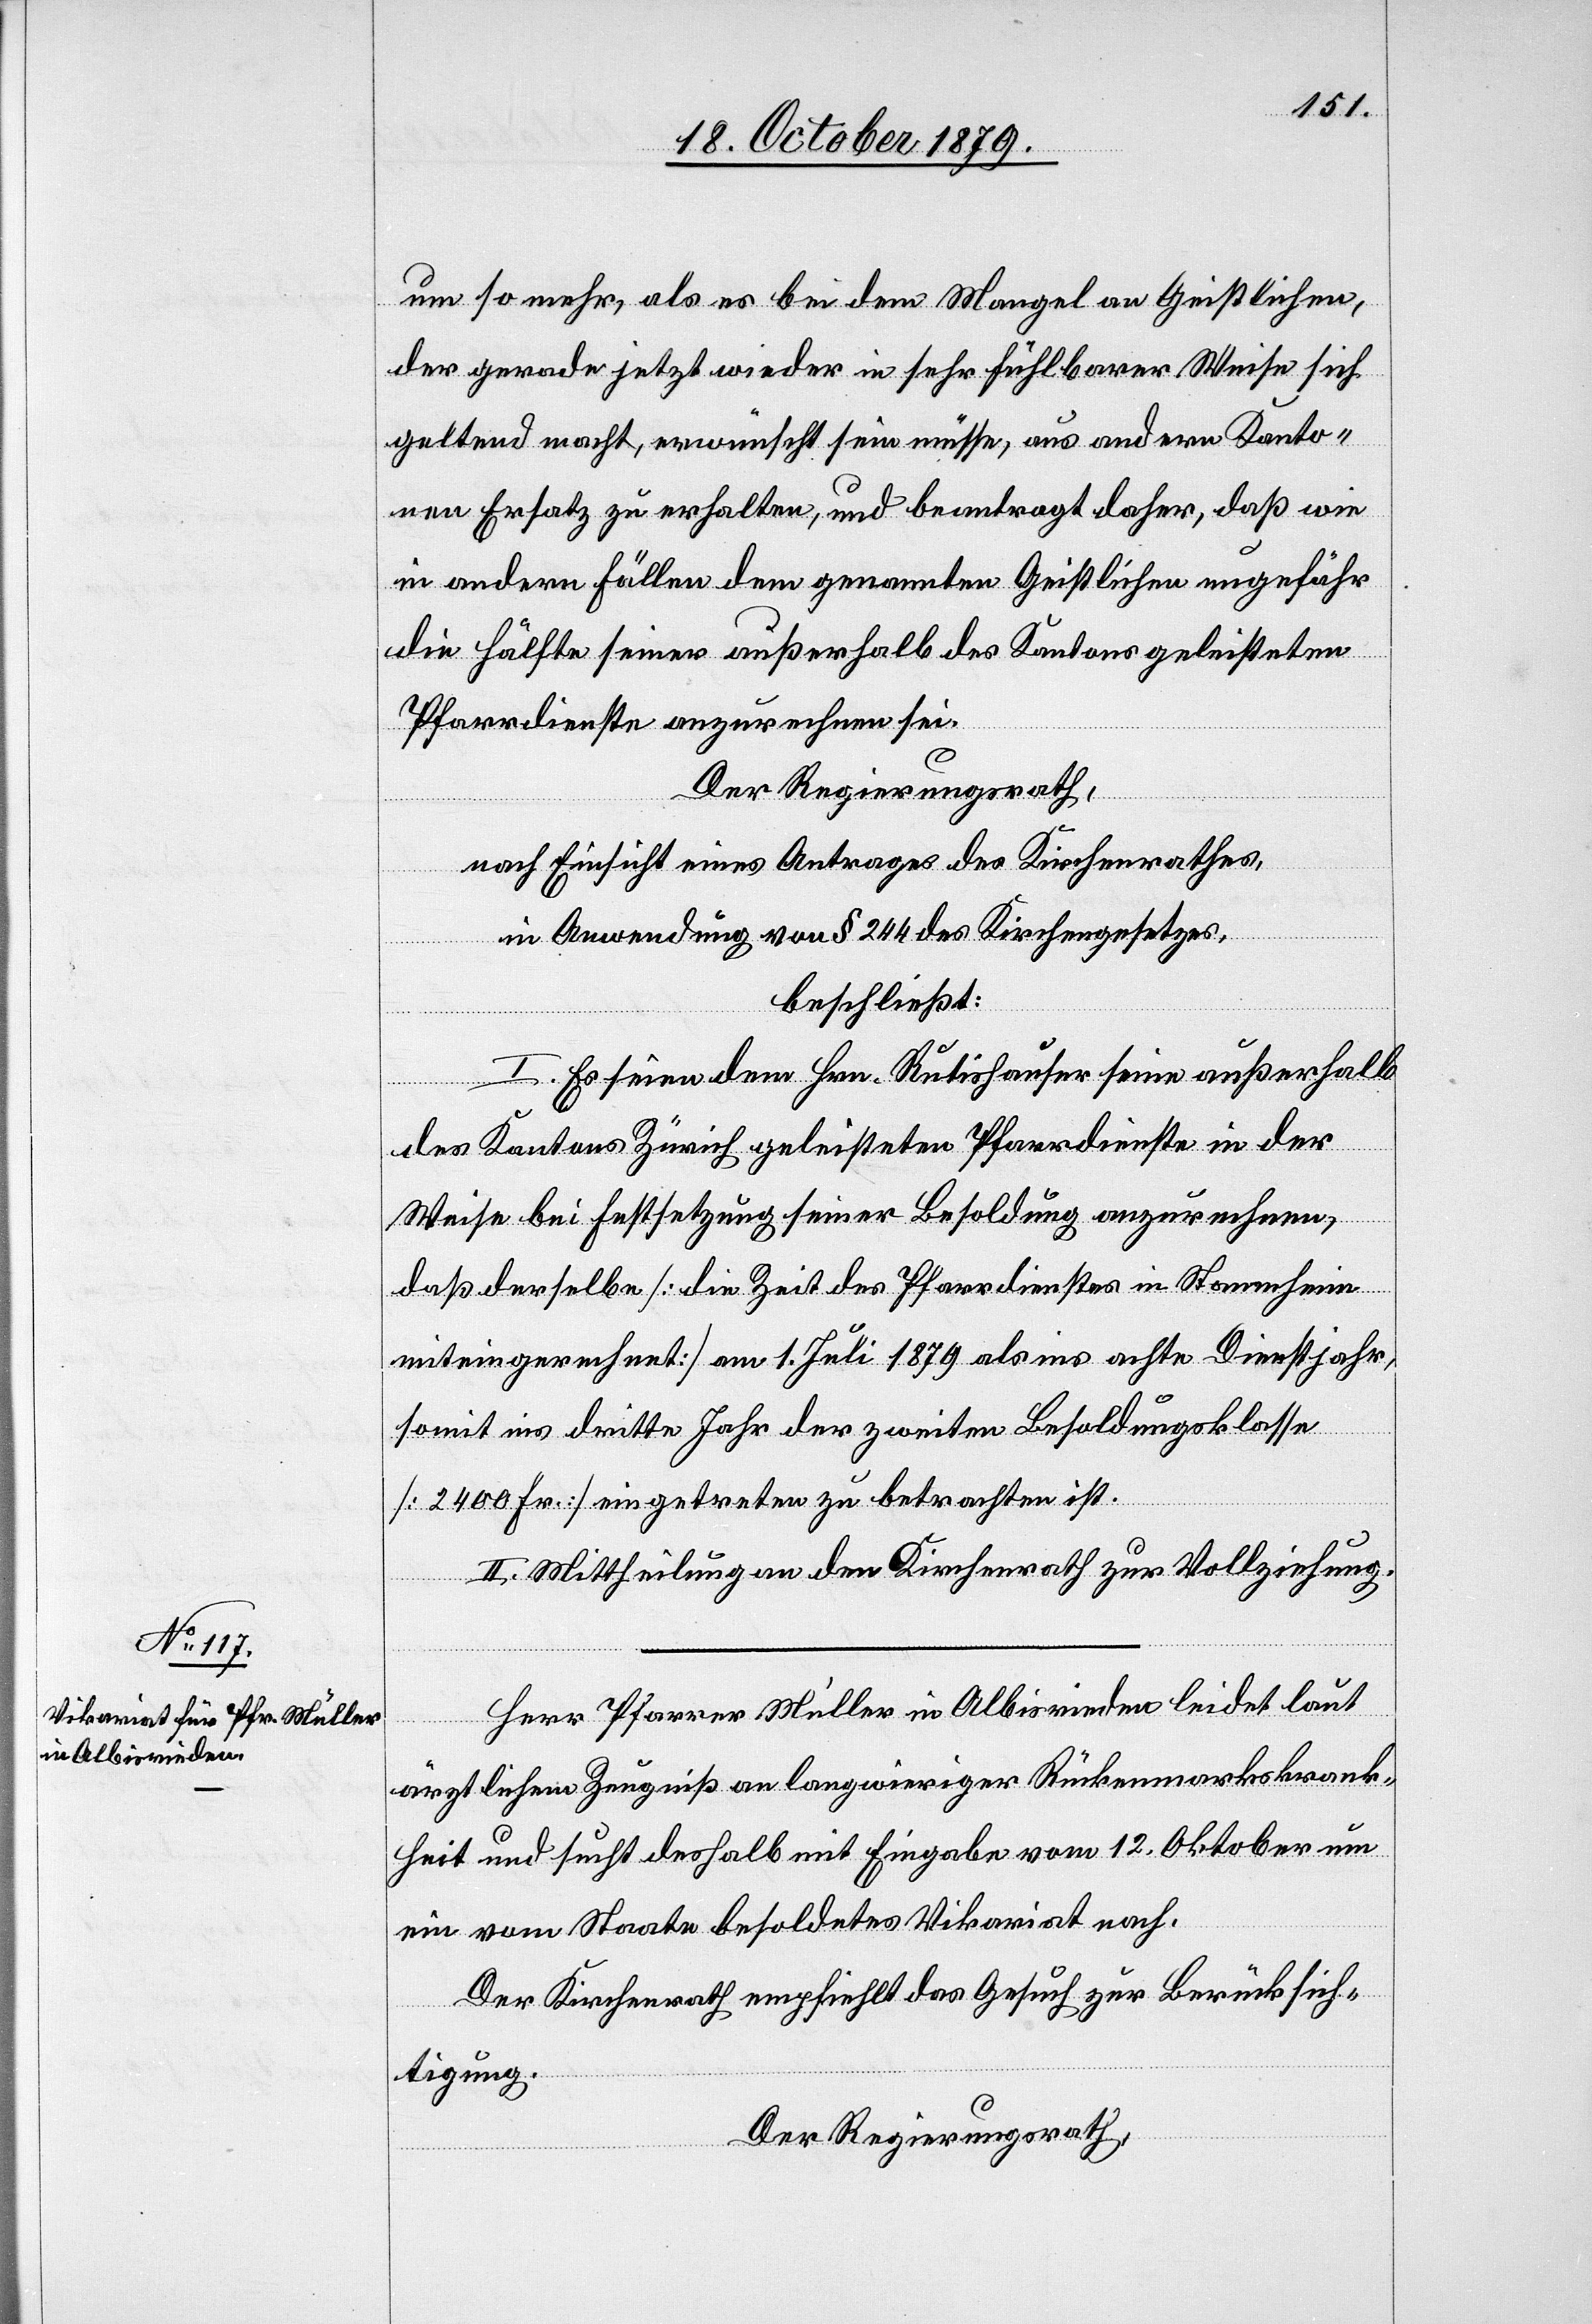
um so mehr, als es bei dem Mangel an Geistlichen,
der gerade jetzt wieder in sehr fühlbarer Weise sich
geltend macht, erwünscht sein müsse, aus anderen Kanto¬
nen Ersatz zu erhalten, und beantragt daher, daß wie
in andern Fällen dem genannten Geistlichen ungefähr
die Hälfte seiner außerhalb des Kantons geleisteten
Pfarrdienste anzurechnen sei.
Der Regierungsrath,
nach Einsicht eines Antrages des Kirchenrathes,
in Anwendung von § 244 des Kirchengesetzes,
beschließt:
I. Es seien dem Hrn. Rutishauser seine außerhalb
des Kantons Zürich geleisteten Pfarrdienste in der
Weise bei Festsetzung seiner Besoldung anzurechnen,
daß derselbe [die Zeit des Pfarrdienstes in Stammheim
miteingerechnet] am 1. Juli 1879 als ins achte Dienstjahr,
somit ins dritte Jahr der zweiten Besoldungsklasse
[2400 Fr.] eingetreten zu betrachten ist.
II. Mittheilung an den Kirchenrath zur Vollziehung.
Herr Pfarrer Müller in Albisrieden leidet laut
ärztlichem Zeugniß an langwiriger Rückenmarkskrank¬
heit und sucht deshalb mit Eingabe vom 12. Oktober um
ein vom Staate besoldetes Vikariat nach.
Der Regierungsrath empfiehlt das Gesuch zur Berücksich¬
tigung.
Der Regierungsrath,